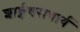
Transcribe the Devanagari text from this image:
शार्ङ्गधराचार्य